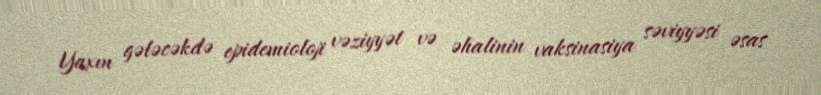
Yaxın gələcəkdə epidemioloji vəziyyət və əhalinin vaksinasiya səviyyəsi əsas